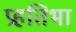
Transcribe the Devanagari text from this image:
प्रहतिभा